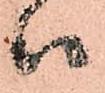
ハ